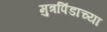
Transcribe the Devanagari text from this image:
मुत्रपिंडाच्या